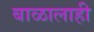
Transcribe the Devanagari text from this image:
बाळालाही